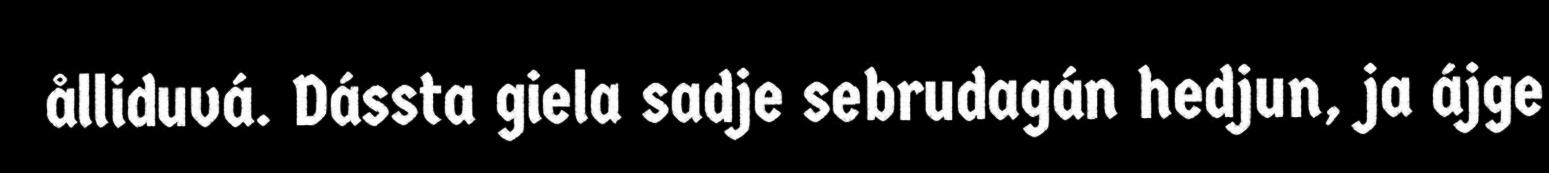
ålliduvá. Dássta giela sadje sebrudagán hedjun, ja ájge